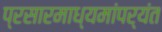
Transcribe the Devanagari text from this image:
प्रसारमाध्यमांपर्यंत